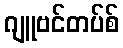
ဂျူဗင်တပ်စ်